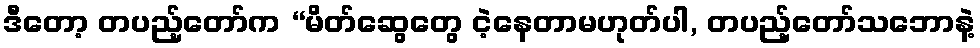
ဒီတော့ တပည့်တော်က “မိတ်ဆွေတွေ ငဲ့နေတာမဟုတ်ပါ, တပည့်တော်သဘောနဲ့